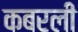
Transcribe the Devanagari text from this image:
कबरली